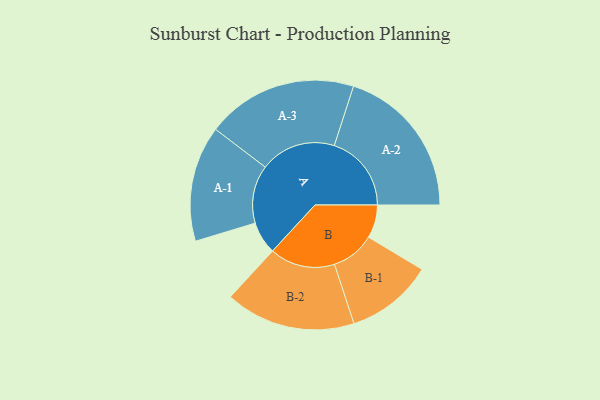
{"axis": {"x": "Segment", "y": "Value"}, "legend": ["", "A", "B"], "data": [{"x": "A", "y": 112, "type": ""}, {"x": "B", "y": 114, "type": ""}, {"x": "A-1", "y": 199, "type": "A"}, {"x": "A-2", "y": 265, "type": "A"}, {"x": "A-3", "y": 260, "type": "A"}, {"x": "B-1", "y": 150, "type": "B"}, {"x": "B-2", "y": 224, "type": "B"}]}